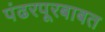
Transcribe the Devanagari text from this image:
पंढरपूरबाबत